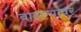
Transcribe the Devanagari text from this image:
वाहल्यावर